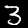
Label: 3